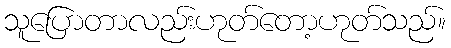
သူပြောတာလည်းဟုတ်တော့ဟုတ်သည်။